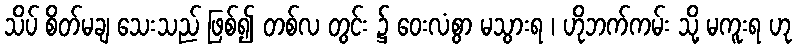
သိပ် စိတ်မချ သေးသည် ဖြစ်၍ တစ်လ တွင်း ၌ ဝေးလံစွာ မသွားရ ၊ ဟိုဘက်ကမ်း သို့ မကူးရ ဟု